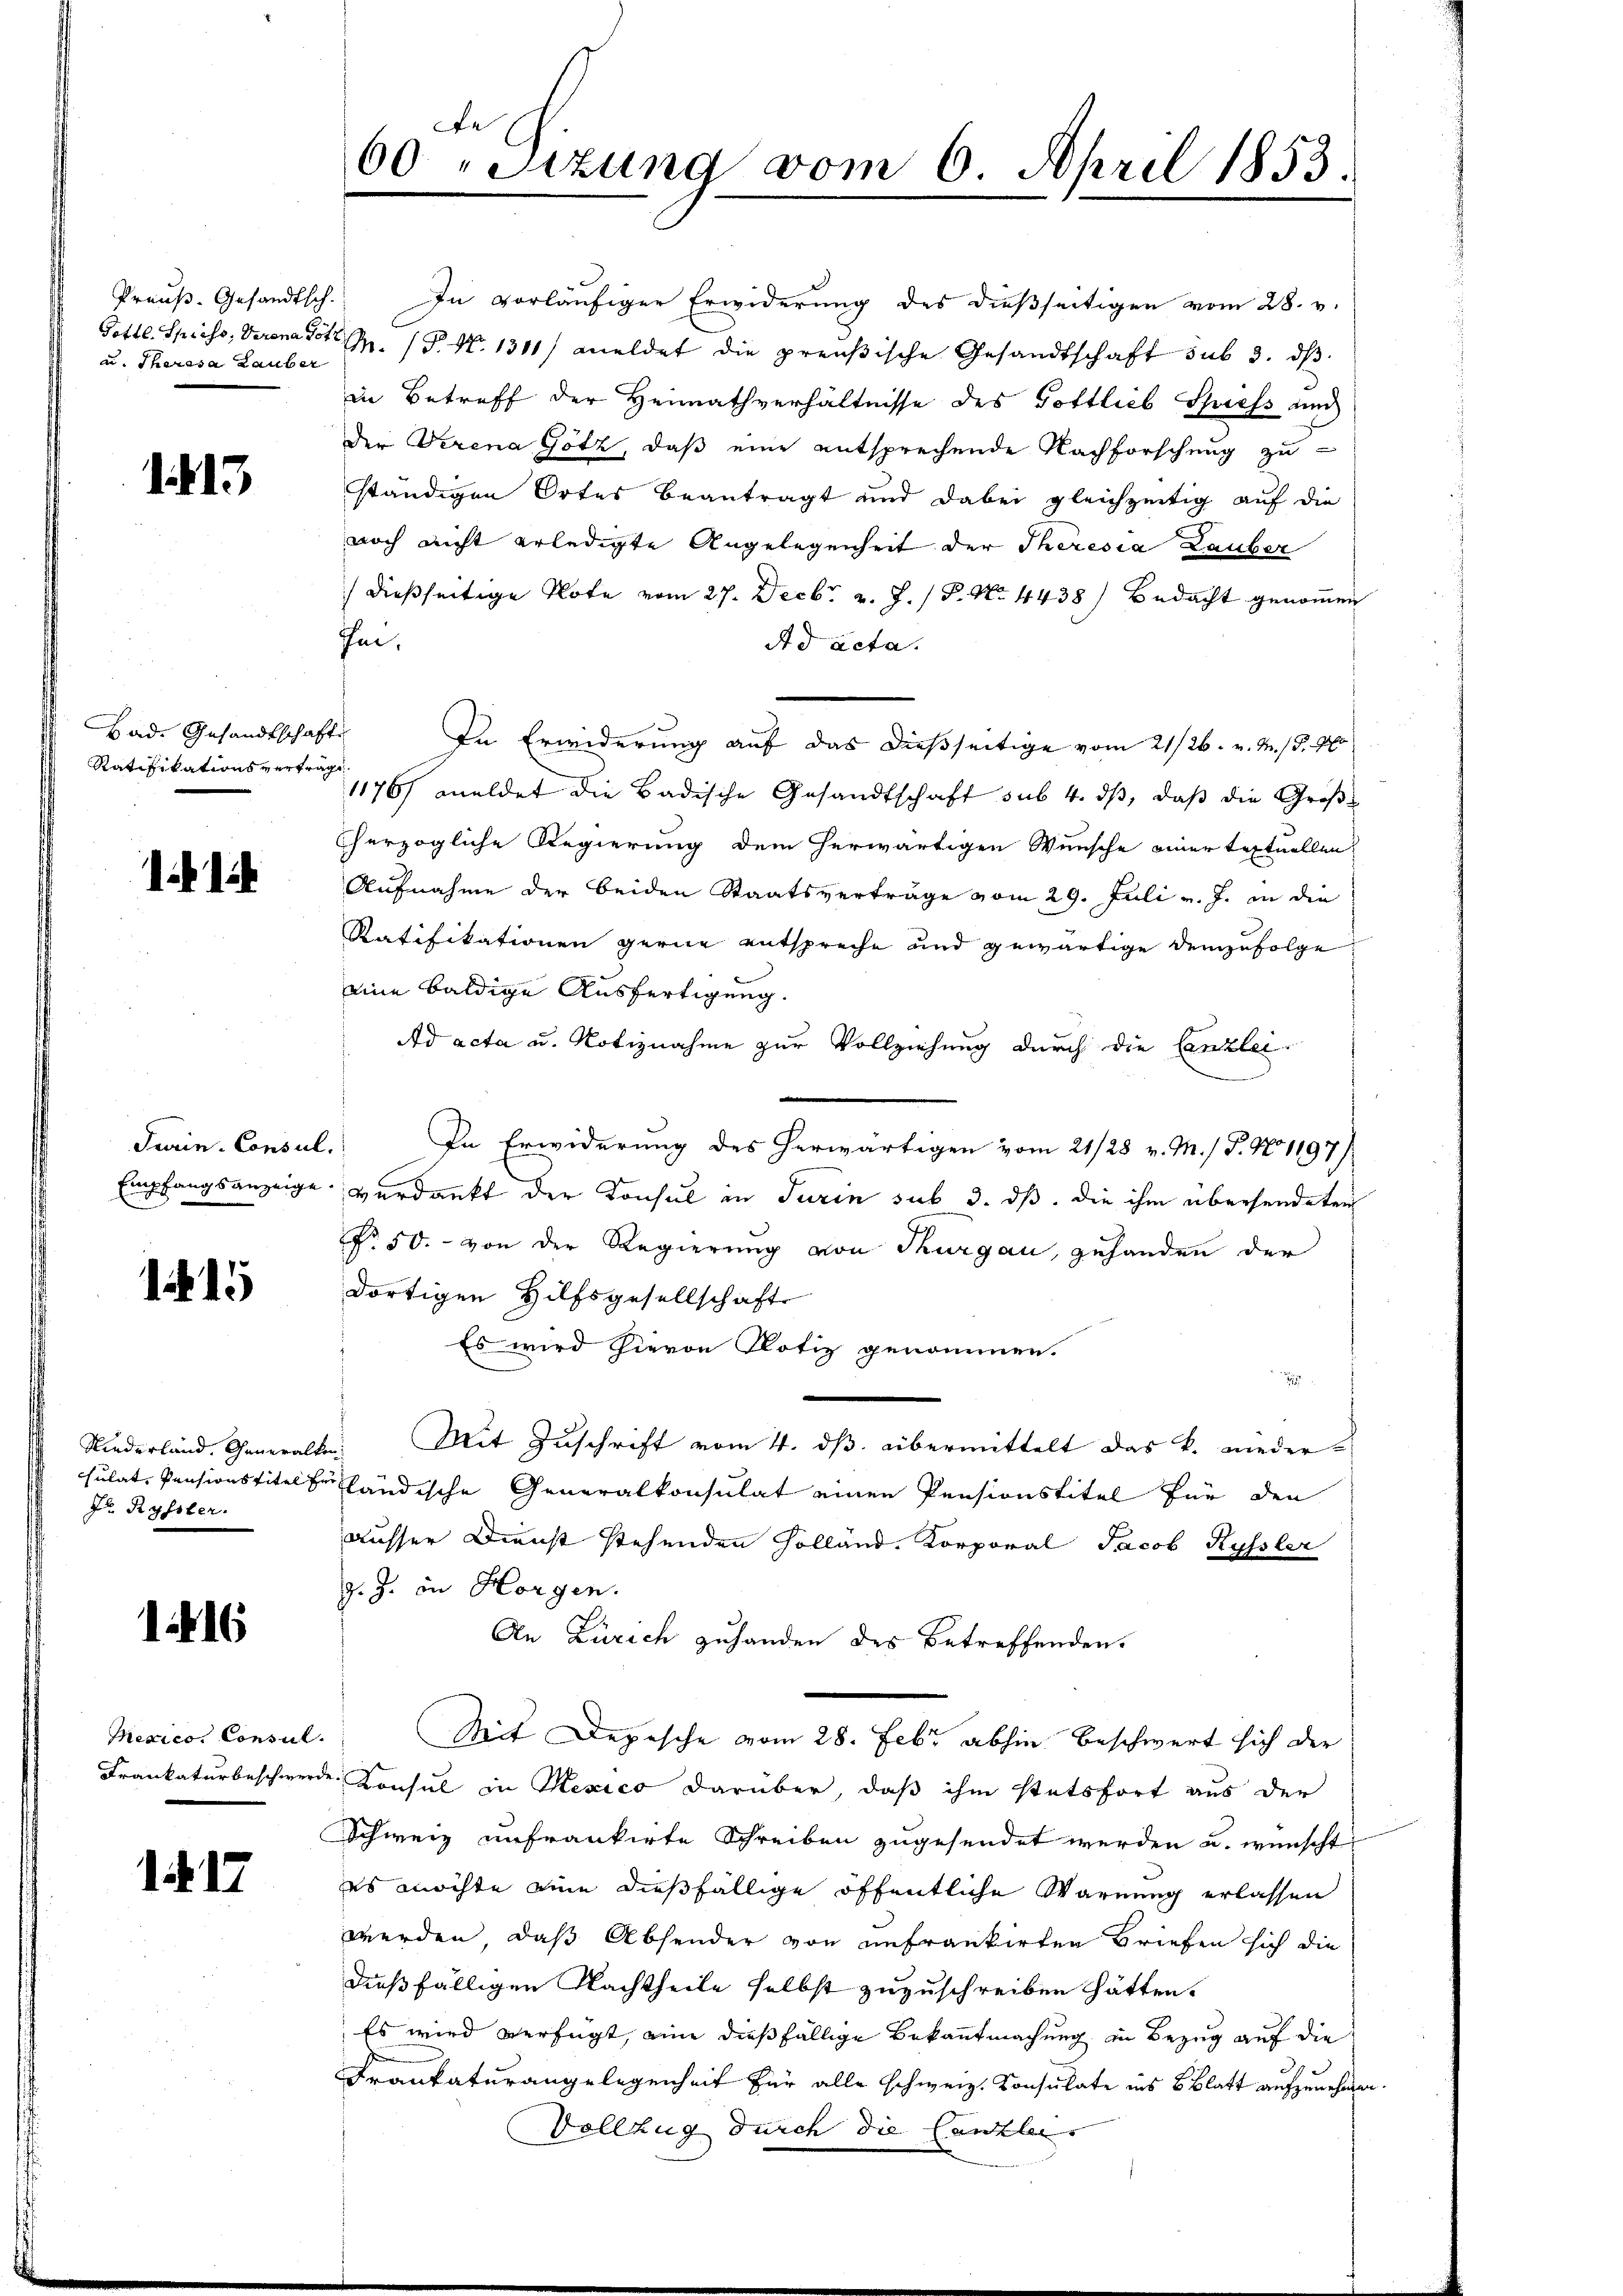
u. Theresa Lauber

1. 413

Bad. Gesandtschaft
Ratifikationsvertrag

11

Turin-Consul.
Empfangsanzeige.

115

Niederland. Generalke
sulat, Pensionstitel Er
J. Ryssler.

116

Mexico. Consul
Frankatur beschwer

117

60 "Sizung vom 6. April 1853.

Preŭβ. Gesandtsch. In vorläŭfiger Erwiderŭng des dießseitigen vom 28. v.
Gottl. Spiess, Verena dot M. (S. N. 1311) meldet die preußische Gesandtschaft sub 3. dβ.
in Betreff der Heimathverhältnisse des Gottlieb Spiess auch
der Verena Götz, daß eine entsprechende Nachforschung zu
ständigen Ortes beantragt und dabei gleichzeitig auf die
noch nicht erledigte Angelegenheit der Theresia Lauber
dießseitige Tote vom 27. Decbr. v. J. P. No. 4438) Bedacht genommen
ihm.
Ad acta.
b
In Erwiderung auf das dießseitige vom 21/26. v. M. (S. 400
1176) meldet die Badische Gesandtschaft sub 4. dβ, daβ die Großherzogliche Regierung dem herwärtigen Wunsche einer textuellen
Aufnahme der beiden Staatsverträge vom 29. Juli v. J. in die
Ratifikationen gerne entspreche und gewärtige Demzufolge
eine baldige Ausfertigung.
Ad acta u. Notiznahme zur Vollziehung durch die Canzlei-
In Erwiderung des herwärtigen vom 21/28 v. M. / P. No 1197)
verdankt der Konsul in Turin sub 3. dß. die ihm übersendeten
No. 50. - von der Regierung von Thurgau, gehanden der
dortigen Hilfsgesellschaft
Es wird hievon Notiz genommen.
.
Mit Zuschrift vom 4. ds. übermittelt das k. niederfländische Generalkonsulat einen Pensionstitel für den
ausser Dienst stehenden Holländ. Korporal Jacob Ryssler
J. J. in Horgen.
An Zürich zuhanden des Betreffenden.
Mit Depesche vom 28. Febr. abhin beschwert sich der
u. Konsul in Mexico darüber, daß ihm stetsfort aus der
Schweiz unfrankirte Schreiben zugesendet werden u. wünscht
es möchte eine dießfällige öffentliche Warnung erlassen
werden, daß Absender von unfrankirten Briefen sich die
dießfälligen Nachtheile selbst zuzuschreiben hätten.
 Es wird verfügt, eine dießfällige Bekanntmachung in Bezug auf die
3
Frankaturangelegenheit für alle schweiz. Konsulate ins Blatt aufzunehme
Vollzug durch die Canzleis

n